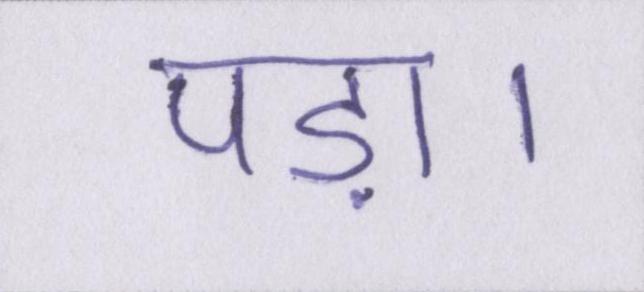
पड़ा।